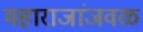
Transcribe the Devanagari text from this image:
महाराजांजवळ